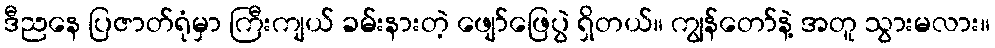
ဒီညနေ ပြဇာတ်ရုံမှာ ကြီးကျယ် ခမ်းနားတဲ့ ဖျော်ဖြေပွဲ ရှိတယ်။ ကျွန်တော်နဲ့ အတူ သွားမလား။